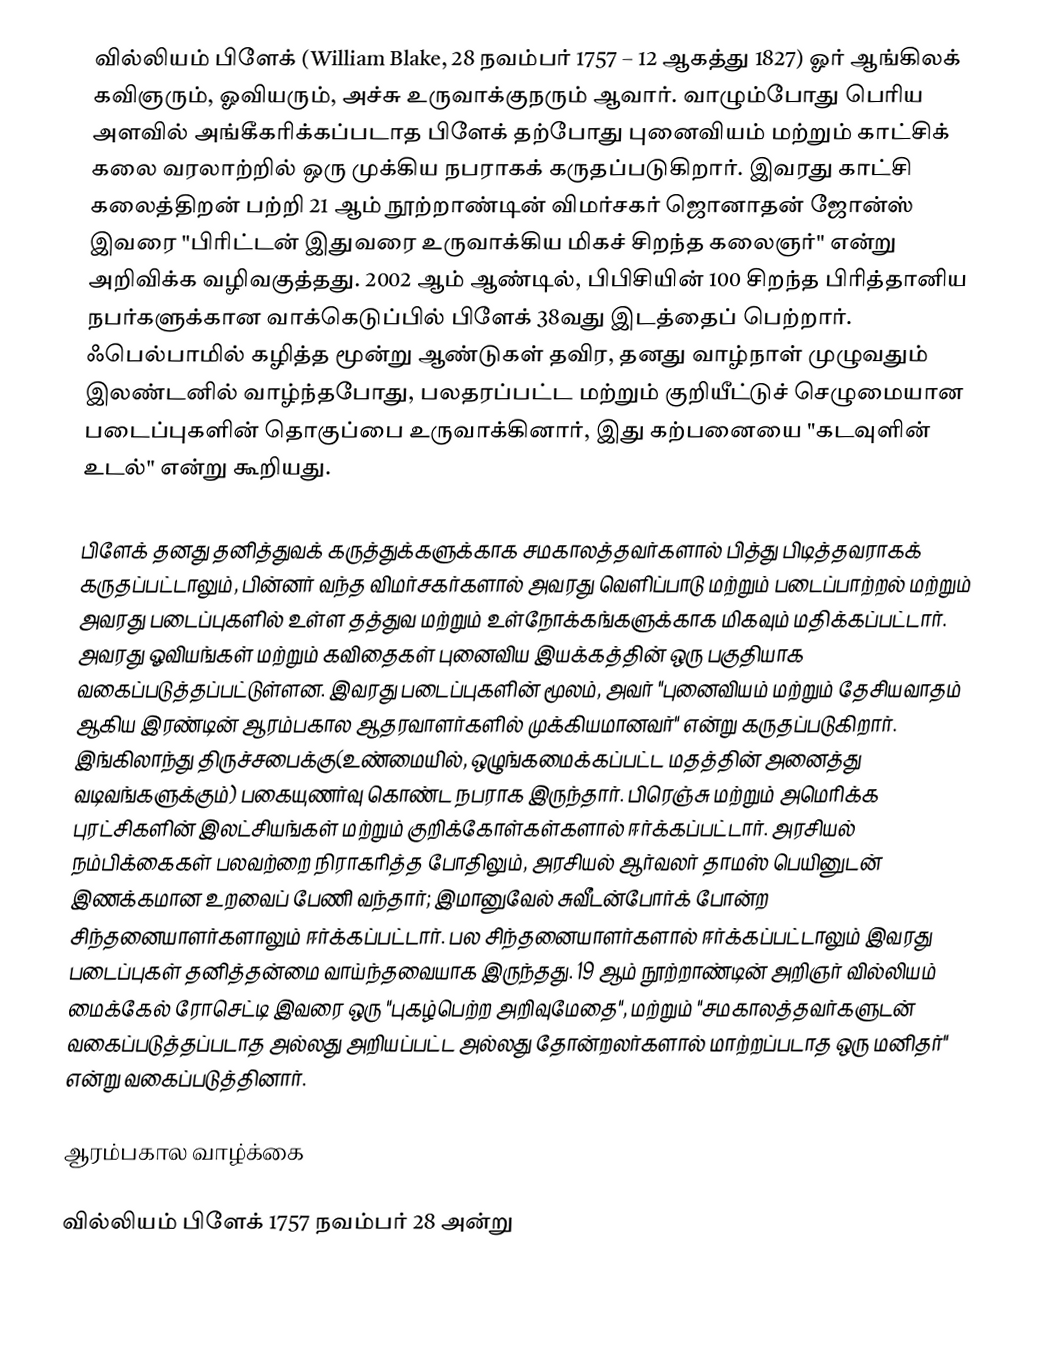
வில்லியம் பிளேக் (William Blake, 28 நவம்பர் 1757 – 12 ஆகத்து 1827) ஓர் ஆங்கிலக் கவிஞரும், ஓவியரும், அச்சு உருவாக்குநரும் ஆவார். வாழும்போது பெரிய அளவில் அங்கீகரிக்கப்படாத பிளேக் தற்போது புனைவியம் மற்றும் காட்சிக் கலை வரலாற்றில் ஒரு முக்கிய நபராகக் கருதப்படுகிறார். இவரது காட்சி கலைத்திறன் பற்றி 21 ஆம் நூற்றாண்டின் விமர்சகர் ஜொனாதன் ஜோன்ஸ் இவரை "பிரிட்டன் இதுவரை உருவாக்கிய மிகச் சிறந்த கலைஞர்" என்று அறிவிக்க வழிவகுத்தது. 2002 ஆம் ஆண்டில், பிபிசியின் 100 சிறந்த பிரித்தானிய நபர்களுக்கான வாக்கெடுப்பில் பிளேக் 38வது இடத்தைப் பெற்றார். ஃபெல்பாமில் கழித்த மூன்று ஆண்டுகள் தவிர,  தனது வாழ்நாள் முழுவதும் இலண்டனில் வாழ்ந்தபோது,  பலதரப்பட்ட மற்றும் குறியீட்டுச் செழுமையான படைப்புகளின் தொகுப்பை உருவாக்கினார், இது கற்பனையை "கடவுளின் உடல்" என்று கூறியது.

பிளேக் தனது தனித்துவக் கருத்துக்களுக்காக சமகாலத்தவர்களால் பித்து பிடித்தவராகக் கருதப்பட்டாலும், பின்னர் வந்த விமர்சகர்களால் அவரது வெளிப்பாடு மற்றும் படைப்பாற்றல் மற்றும் அவரது படைப்புகளில் உள்ள தத்துவ மற்றும்  உள்நோக்கங்களுக்காக மிகவும் மதிக்கப்பட்டார். அவரது ஓவியங்கள் மற்றும் கவிதைகள் புனைவிய இயக்கத்தின் ஒரு பகுதியாக வகைப்படுத்தப்பட்டுள்ளன. இவரது படைப்புகளின் மூலம், அவர் "புனைவியம் மற்றும் தேசியவாதம் ஆகிய இரண்டின் ஆரம்பகால ஆதரவாளர்களில் முக்கியமானவர்" என்று கருதப்படுகிறார். இங்கிலாந்து திருச்சபைக்கு(உண்மையில், ஒழுங்கமைக்கப்பட்ட மதத்தின் அனைத்து வடிவங்களுக்கும்) பகையுணர்வு கொண்ட நபராக இருந்தார். பிரெஞ்சு மற்றும் அமெரிக்க புரட்சிகளின் இலட்சியங்கள் மற்றும் குறிக்கோள்கள்களால் ஈர்க்கப்பட்டார்.  அரசியல் நம்பிக்கைகள் பலவற்றை நிராகரித்த போதிலும், அரசியல் ஆர்வலர் தாமஸ் பெயினுடன் இணக்கமான உறவைப் பேணி வந்தார்; இமானுவேல் சுவீடன்போர்க் போன்ற சிந்தனையாளர்களாலும் ஈர்க்கப்பட்டார். பல சிந்தனையாளர்களால் ஈர்க்கப்பட்டாலும் இவரது படைப்புகள் தனித்தன்மை வாய்ந்தவையாக இருந்தது.  19 ஆம் நூற்றாண்டின் அறிஞர் வில்லியம் மைக்கேல் ரோசெட்டி இவரை ஒரு "புகழ்பெற்ற அறிவுமேதை", மற்றும் "சமகாலத்தவர்களுடன் வகைப்படுத்தப்படாத அல்லது அறியப்பட்ட அல்லது  தோன்றலர்களால் மாற்றப்படாத ஒரு மனிதர்" என்று வகைப்படுத்தினார்.

ஆரம்பகால வாழ்க்கை

வில்லியம் பிளேக் 1757 நவம்பர் 28 அன்று